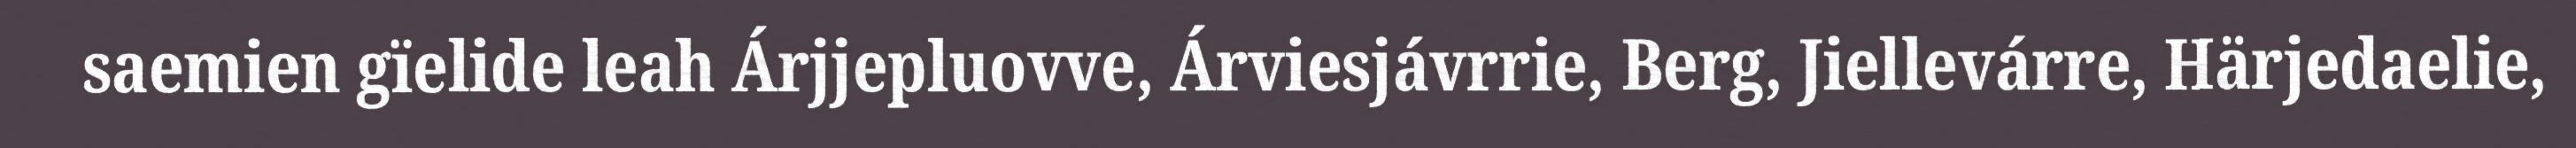
saemien gïelide leah Árjjepluovve, Árviesjávrrie, Berg, Jiellevárre, Härjedaelie,